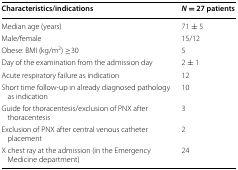
<table><thead><tr><td><b>Characteristics/indications</b></td><td><b><i>N</i> = 27 patients</b></td></tr></thead><tbody><tr><td>Median age (years)</td><td>71 ± 5</td></tr><tr><td>Male/female</td><td>15/12</td></tr><tr><td>Obese: BMI (kg/m<sup>2</sup>) ≥30</td><td>5</td></tr><tr><td>Day of the examination from the admission day</td><td>2 ± 1</td></tr><tr><td>Acute respiratory failure as indication</td><td>12</td></tr><tr><td>Short time follow-up in already diagnosed pathology as indication</td><td>10</td></tr><tr><td>Guide for thoracentesis/exclusion of PNX after thoracentesis</td><td>3</td></tr><tr><td>Exclusion of PNX after central venous catheter placement</td><td>2</td></tr><tr><td>X chest ray at the admission (in the Emergency Medicine department)</td><td>24</td></tr></tbody></table>